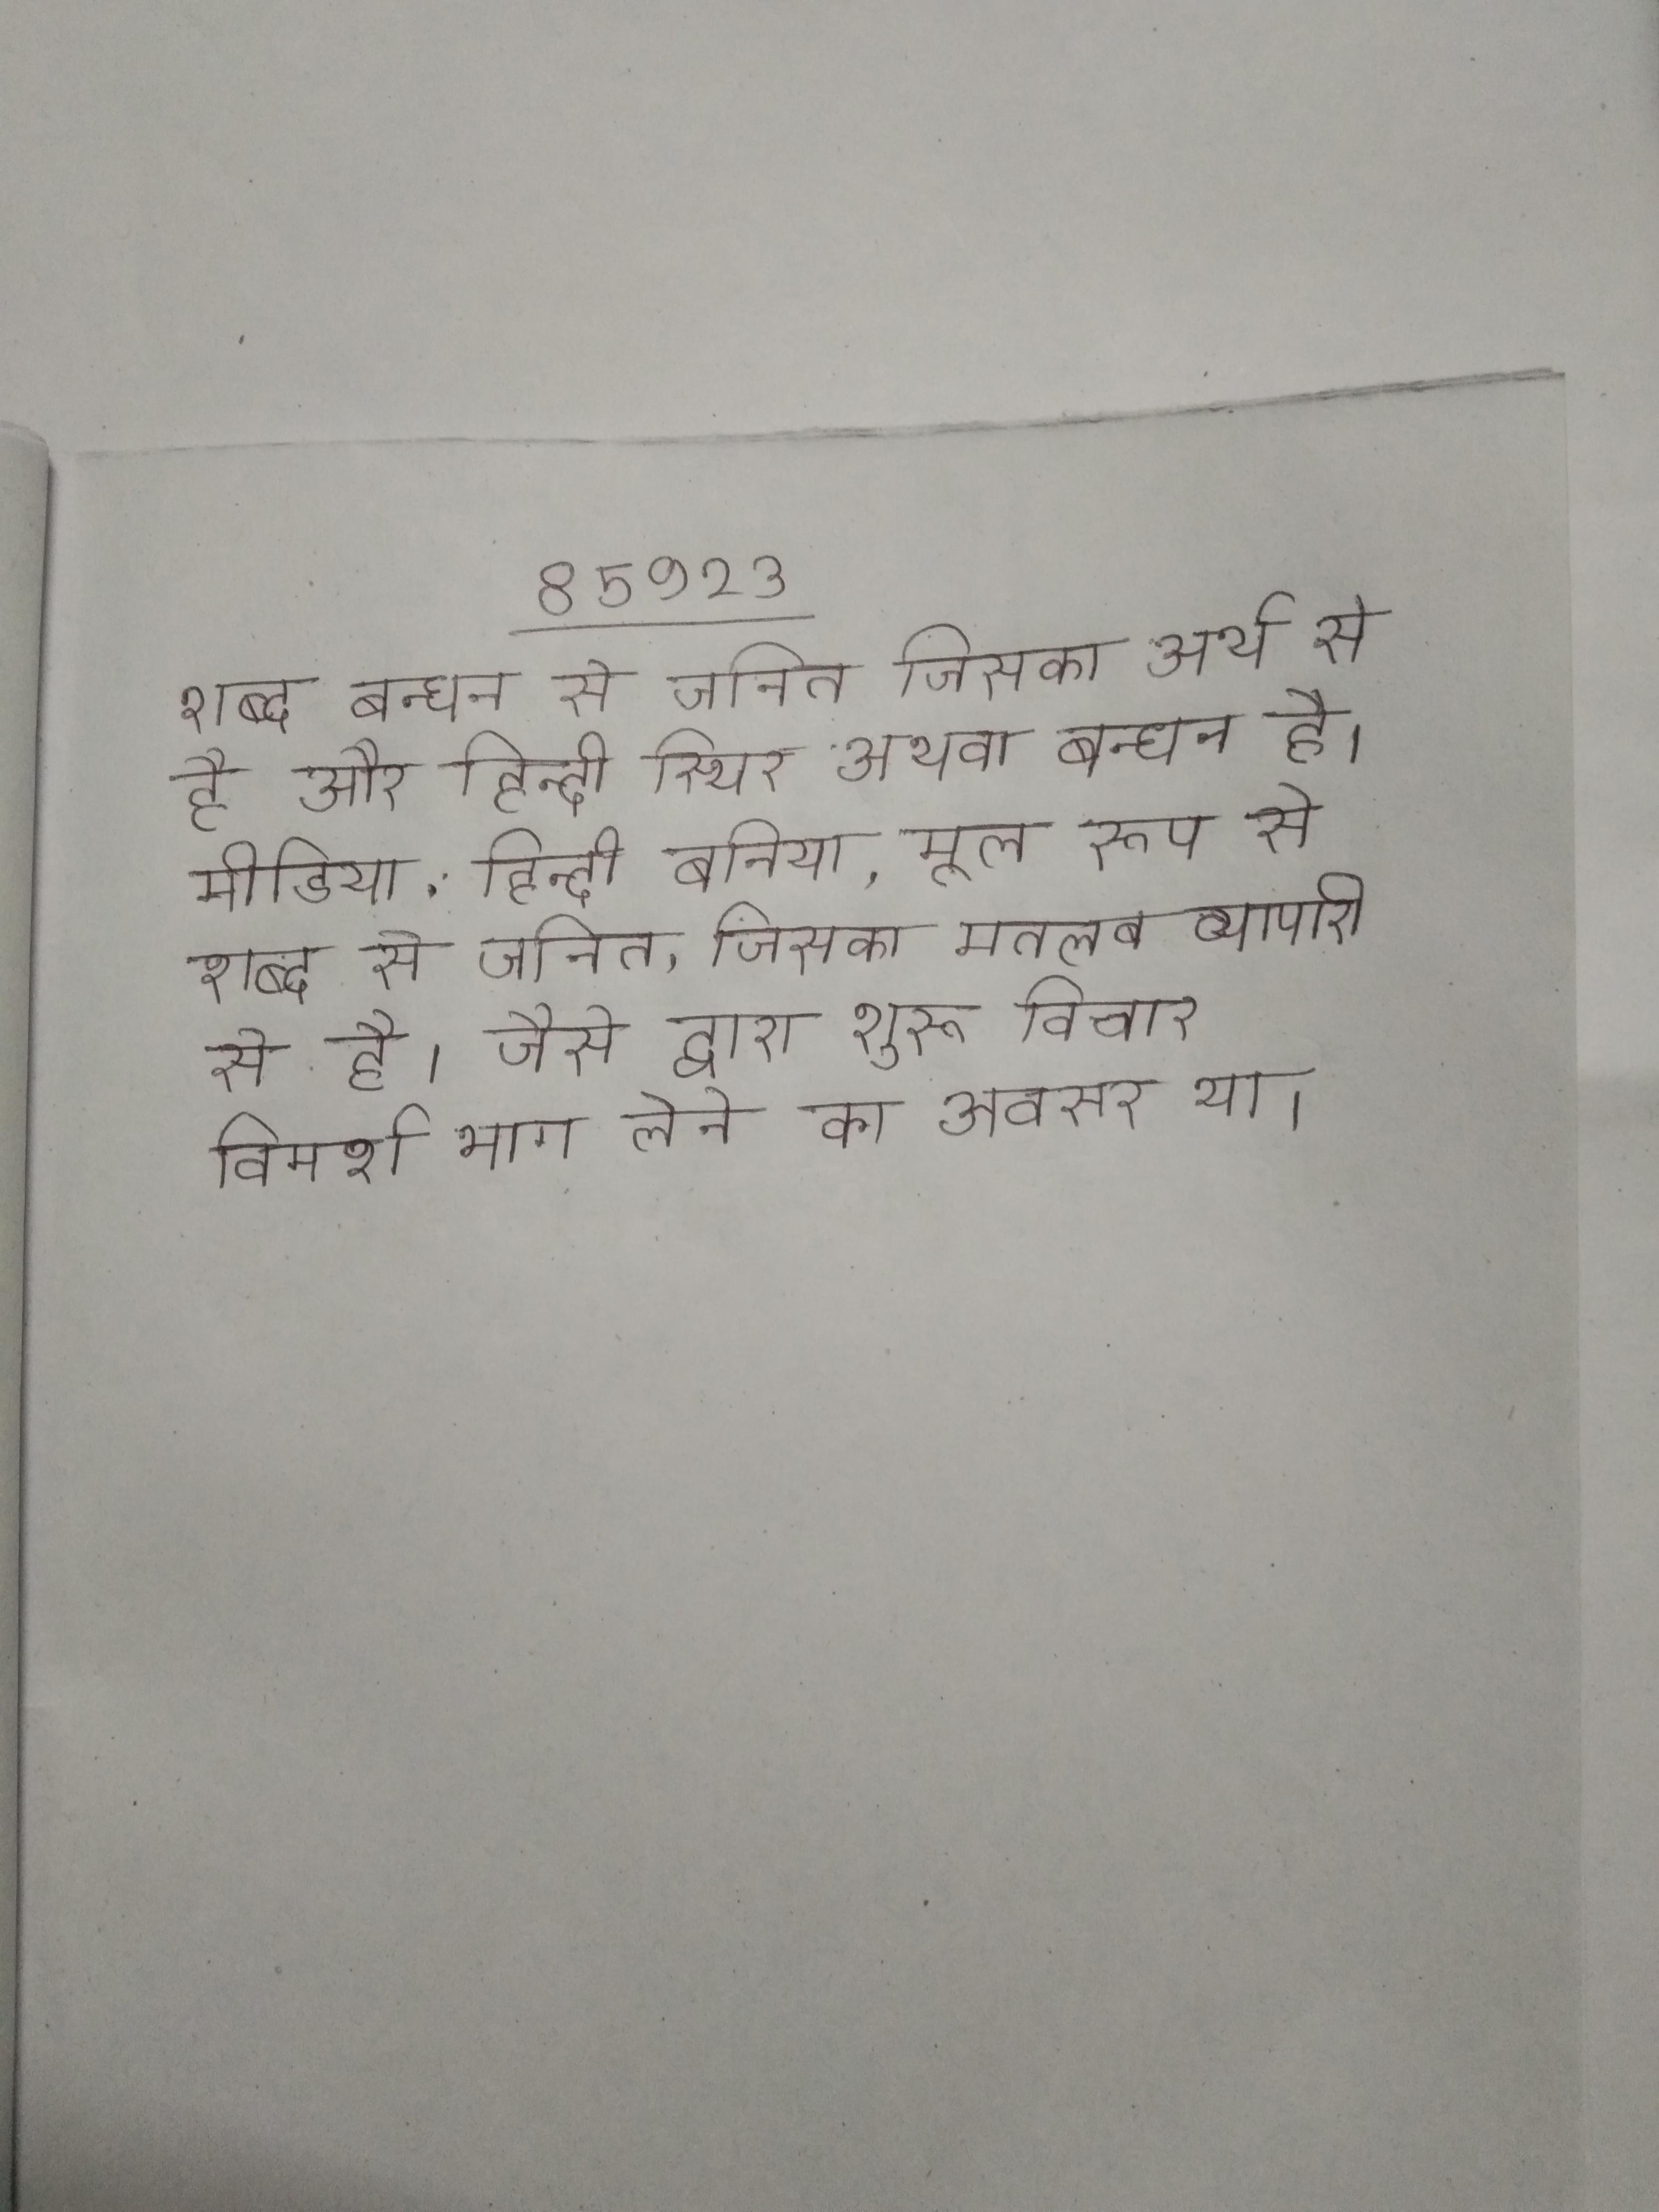
शब्द बन्धन से जनित जिसका अर्थ से है और हिन्दी स्थिर अथवा बन्धन है । मीडिया . हिन्दी बनिया, मूल रूप से शब्द से जनित, जिसका मतलब व्यापारी से है । जैसे द्वारा शुरू विचार विमर्श भाग लेने का अवसर था ।